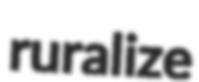
ruralize